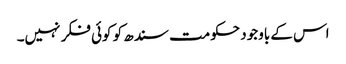
اس کے باوجود حکومت سندھ کو کوئی فکر نہیں۔